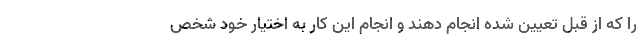
را که از قبل تعیین شده انجام دهند و انجام این کار به اختیار خود شخص